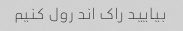
بیایید راک اند رول کنیم